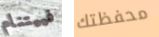
فييتنام محفظتك